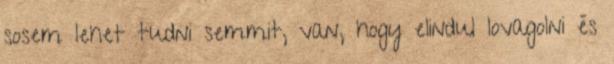
sosem lehet tudni semmit, van, hogy elindul lovagolni és